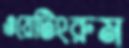
ওয়েটিংরুম